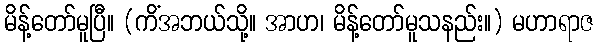
မိန့်တော်မူပြီ။ (ကိံအဘယ်သို့။ အာဟ၊ မိန့်တော်မူသနည်း။) မဟာရာဇ